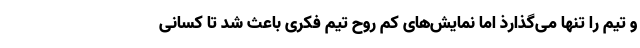
و تیم را تنها می‌گذارذ اما نمایش‌های کم روح تیم فکری باعث شد تا کسانی